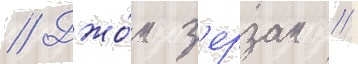
// Джо́н з'ерзан //